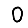
Digit: 0